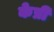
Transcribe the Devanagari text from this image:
केप्री